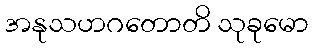
အနုသဟဂတောတိ သုခုမော